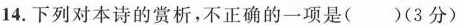
14.下列对本诗的赏析，不正确的一项是(